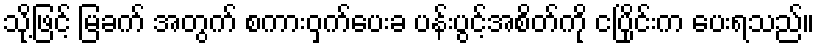
သို့ဖြင့် မြခက် အတွက် စကားဝှက်ပေးခ ပန်းပွင့်အစိတ်ကို ငပြိုင်းက ပေးရသည်။